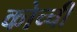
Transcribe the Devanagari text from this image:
कोच्‍ची